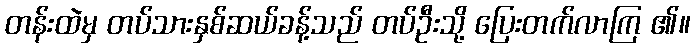
တန်းထဲမှ တပ်သားနှစ်ဆယ်ခန့်သည် တပ်ဦးသို့ ပြေးတက်လာကြ ၏။